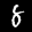
Label: 8